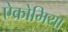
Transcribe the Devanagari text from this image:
ऐक्रोमिया